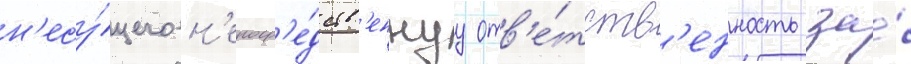
н'есу́щего н'епоср'е́дств'еннуу отв'е́тств'енность за́